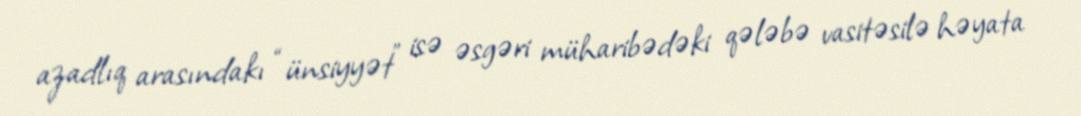
azadlıq arasındakı “ünsiyyət” isə əsgəri müharibədəki qələbə vasitəsilə həyata